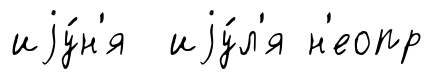
иjу́н'я иjу́л'я н'еопр